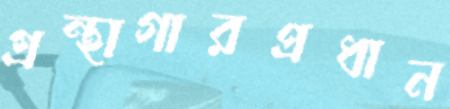
গ্রন্থাগারপ্রধান